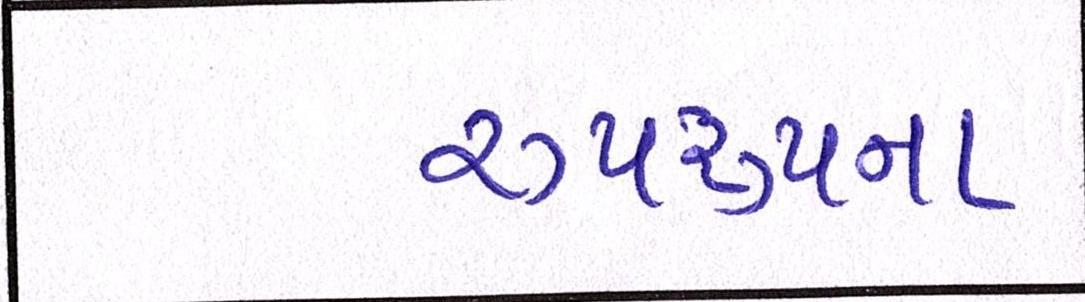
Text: રૂપરૂપના